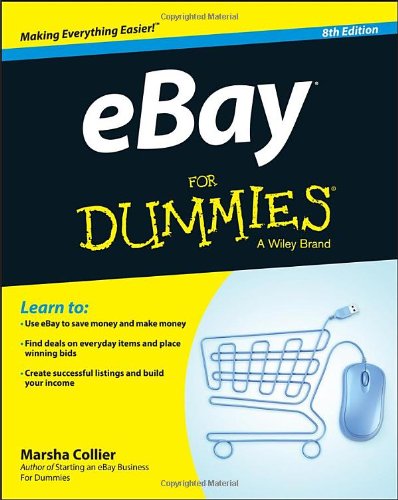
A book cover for eBay For Dummies; Marsha Collier; Computers & Technology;